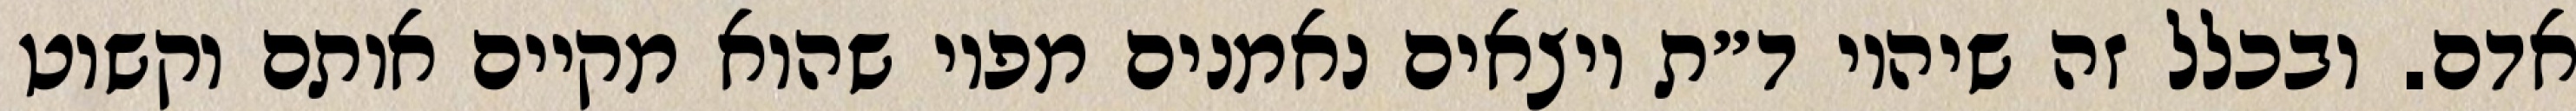
אדם. ובכלל זה שיהיו ד״ת יוצאים נאמנים מפיו שהוא מקיים אותם וקשוט